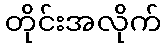
တိုင်းအလိုက်